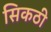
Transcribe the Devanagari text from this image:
सिकठी